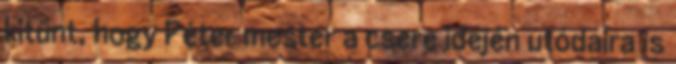
kitűnt, hogy Péter mester a csere idején utódaira is